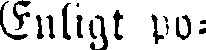
Enligt po-